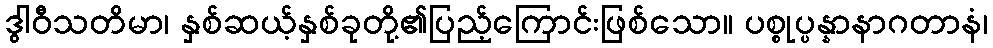
ဒွါဝီသတိမာ၊ နှစ်ဆယ့်နှစ်ခုတို့၏ပြည့်ကြောင်းဖြစ်သော။ ပစ္စုပ္ပန္နာနာဂတာနံ၊